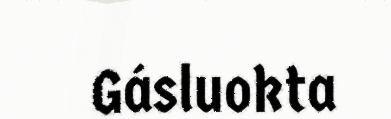
Gásluokta